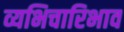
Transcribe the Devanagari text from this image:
व्यभिचारिभाव